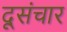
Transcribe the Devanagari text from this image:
दूसंचार